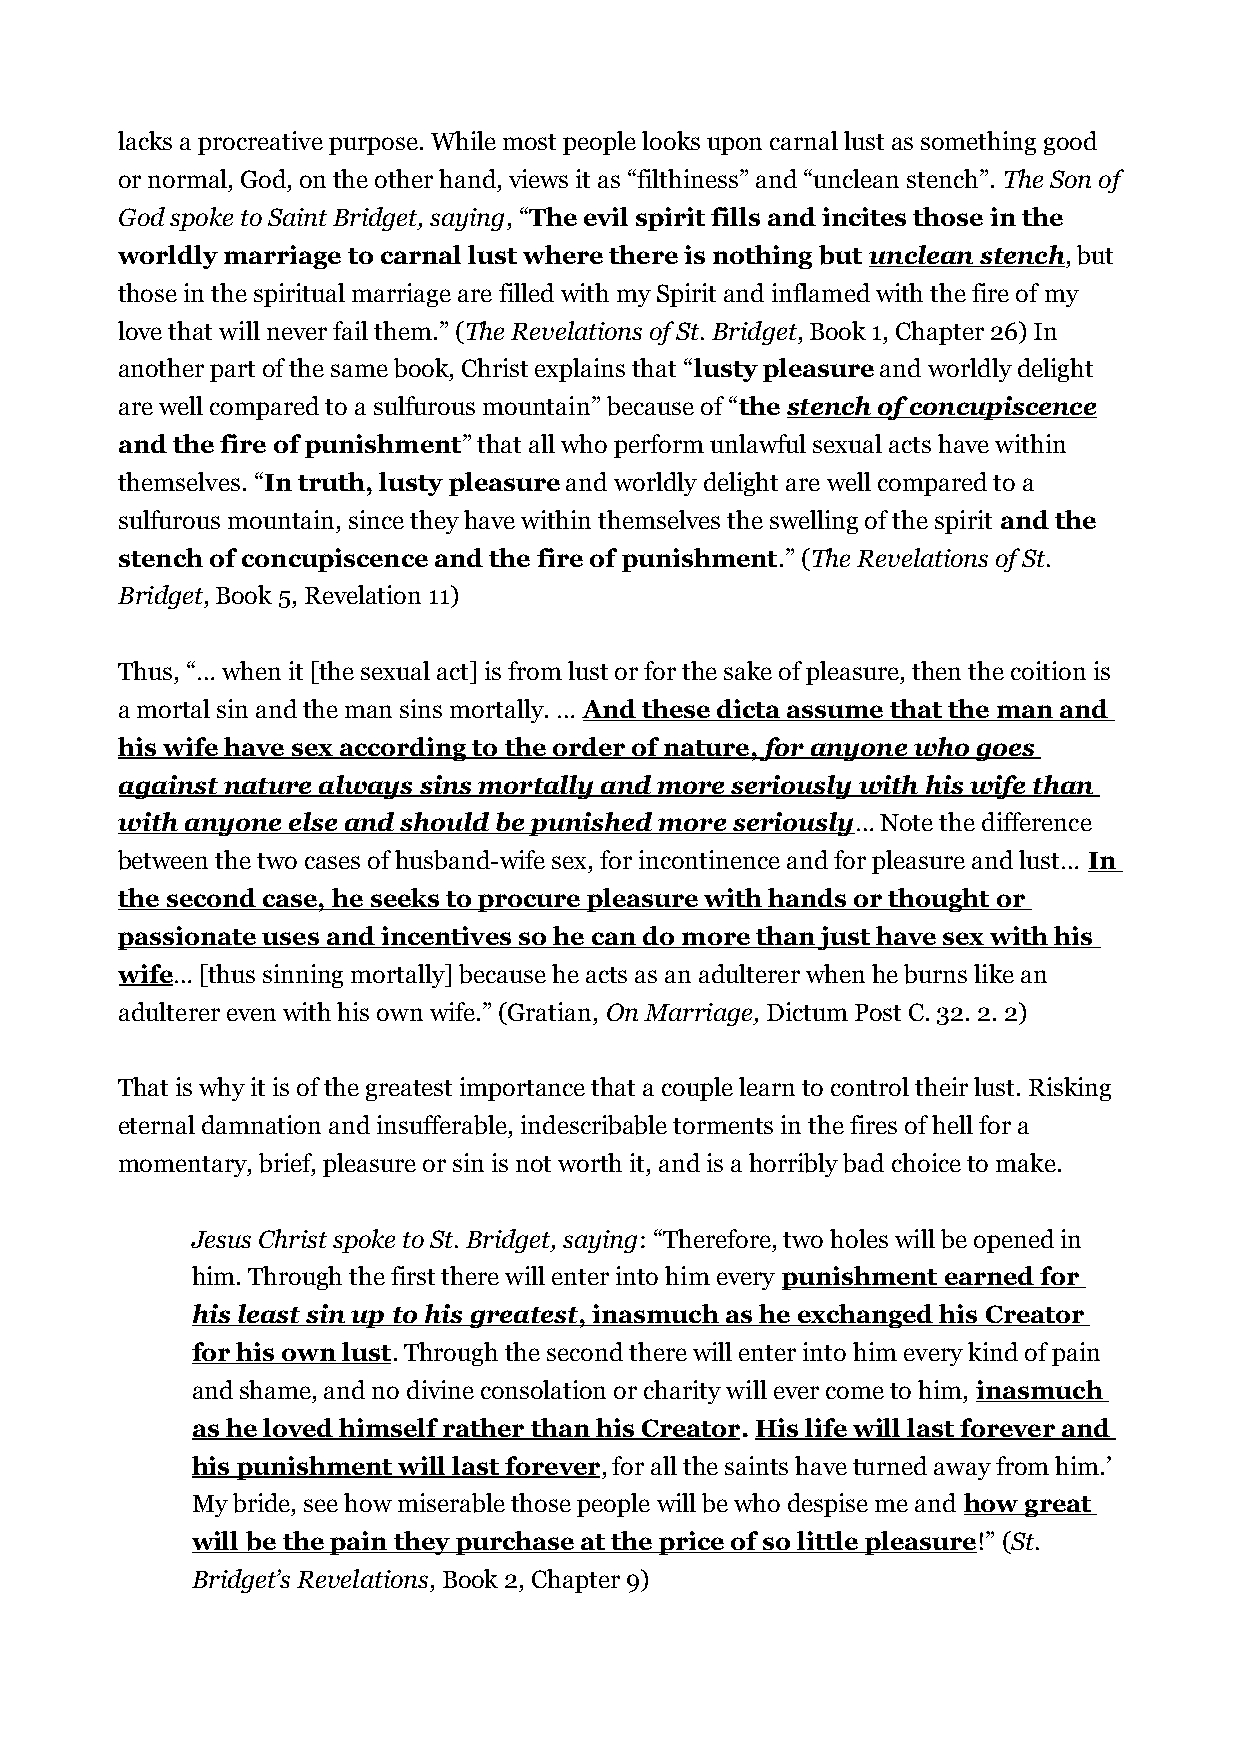
lacks a procreative purpose. While most people looks upon carnal lust as something good
 or normal, God, on the other hand, views it as “filthiness” and “unclean stench”. The Son of
 God spoke to Saint Bridget, saying, “The evil spirit fills and incites those in the
 worldly marriage to carnal lust where there is nothing but unclean stench, but
 those in the spiritual marriage are filled with my Spirit and inflamed with the fire of my
 love that will never fail them.” (The Revelations of St. Bridget, Book 1, Chapter 26) In
 another part of the same book, Christ explains that “lusty pleasure and worldly delight
 are well compared to a sulfurous mountain” because of “the stench of concupiscence
 and the fire of punishment” that all who perform unlawful sexual acts have within
 themselves. “In truth, lusty pleasure and worldly delight are well compared to a
 sulfurous mountain, since they have within themselves the swelling of the spirit and the
 stench of concupiscence and the fire of punishment.” (The Revelations of St.
 Bridget, Book 5, Revelation 11)
 Thus, “… when it [the sexual act] is from lust or for the sake of pleasure, then the coition is
 a mortal sin and the man sins mortally. … And these dicta assume that the man and
 his wife have sex according to the order of nature, for anyone who goes
 against nature always sins mortally and more seriously with his wife than
 with anyone else and should be punished more seriously… Note the difference
 between the two cases of husband-wife sex, for incontinence and for pleasure and lust… In
 the second case, he seeks to procure pleasure with hands or thought or
 passionate uses and incentives so he can do more than just have sex with his
 wife… [thus sinning mortally] because he acts as an adulterer when he burns like an
 adulterer even with his own wife.” (Gratian, On Marriage, Dictum Post C. 32. 2. 2)
 That is why it is of the greatest importance that a couple learn to control their lust. Risking
 eternal damnation and insufferable, indescribable torments in the fires of hell for a
 momentary, brief, pleasure or sin is not worth it, and is a horribly bad choice to make.
 Jesus Christ spoke to St. Bridget, saying: “Therefore, two holes will be opened in
 him. Through the first there will enter into him every punishment earned for
 his least sin up to his greatest , inasmuch as he exchanged his Creator
 for his own lust. Through the second there will enter into him every kind of pain
 and shame, and no divine consolation or charity will ever come to him, inasmuch
 as he loved himself rather than his Creator. His life will last forever and
 his punishment will last forever, for all the saints have turned away from him.’
 My bride, see how miserable those people will be who despise me and how great
 will be the pain they purchase at the price of so little pleasure!” (St.
 Bridget’s Revelations, Book 2, Chapter 9)